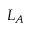
L _ { A }